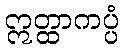
ဣတ္ထာကပ္ပံ